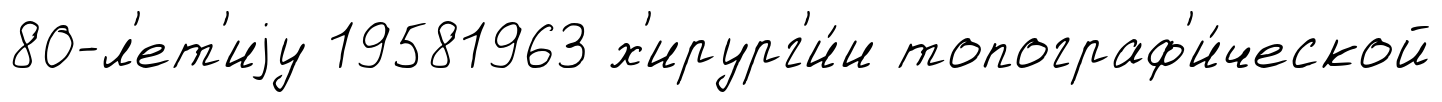
80-л'ет'иjу 19581963 х'ирург'и́и топограф'и́ческой